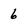
Character: 6